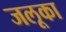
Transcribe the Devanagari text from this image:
जलूका